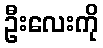
ဦးလေးကို